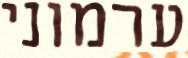
ערמוני